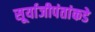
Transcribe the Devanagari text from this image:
सूर्याजीपंतांकडे